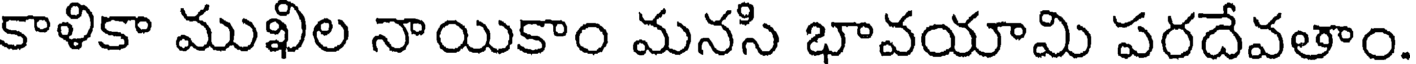
కాళికా ముఖిల నాయికాం మనసి భావయామి పరదేవతాం